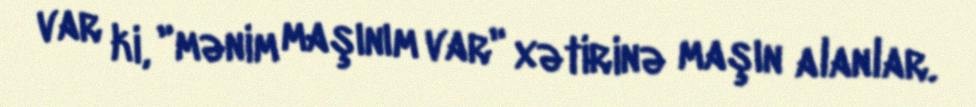
var ki, "mənim maşınım var" xətirinə maşın alanlar.